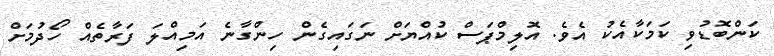
ކަންބޮޑުވި ކަމަކާއެކު އެވެ. އޮލިމްޕަސް ކުއްޔަށް ނަގައިގެން ހިންގާނެ އަމިއްލަ ފަރާތެއް ހޯދުމަށް